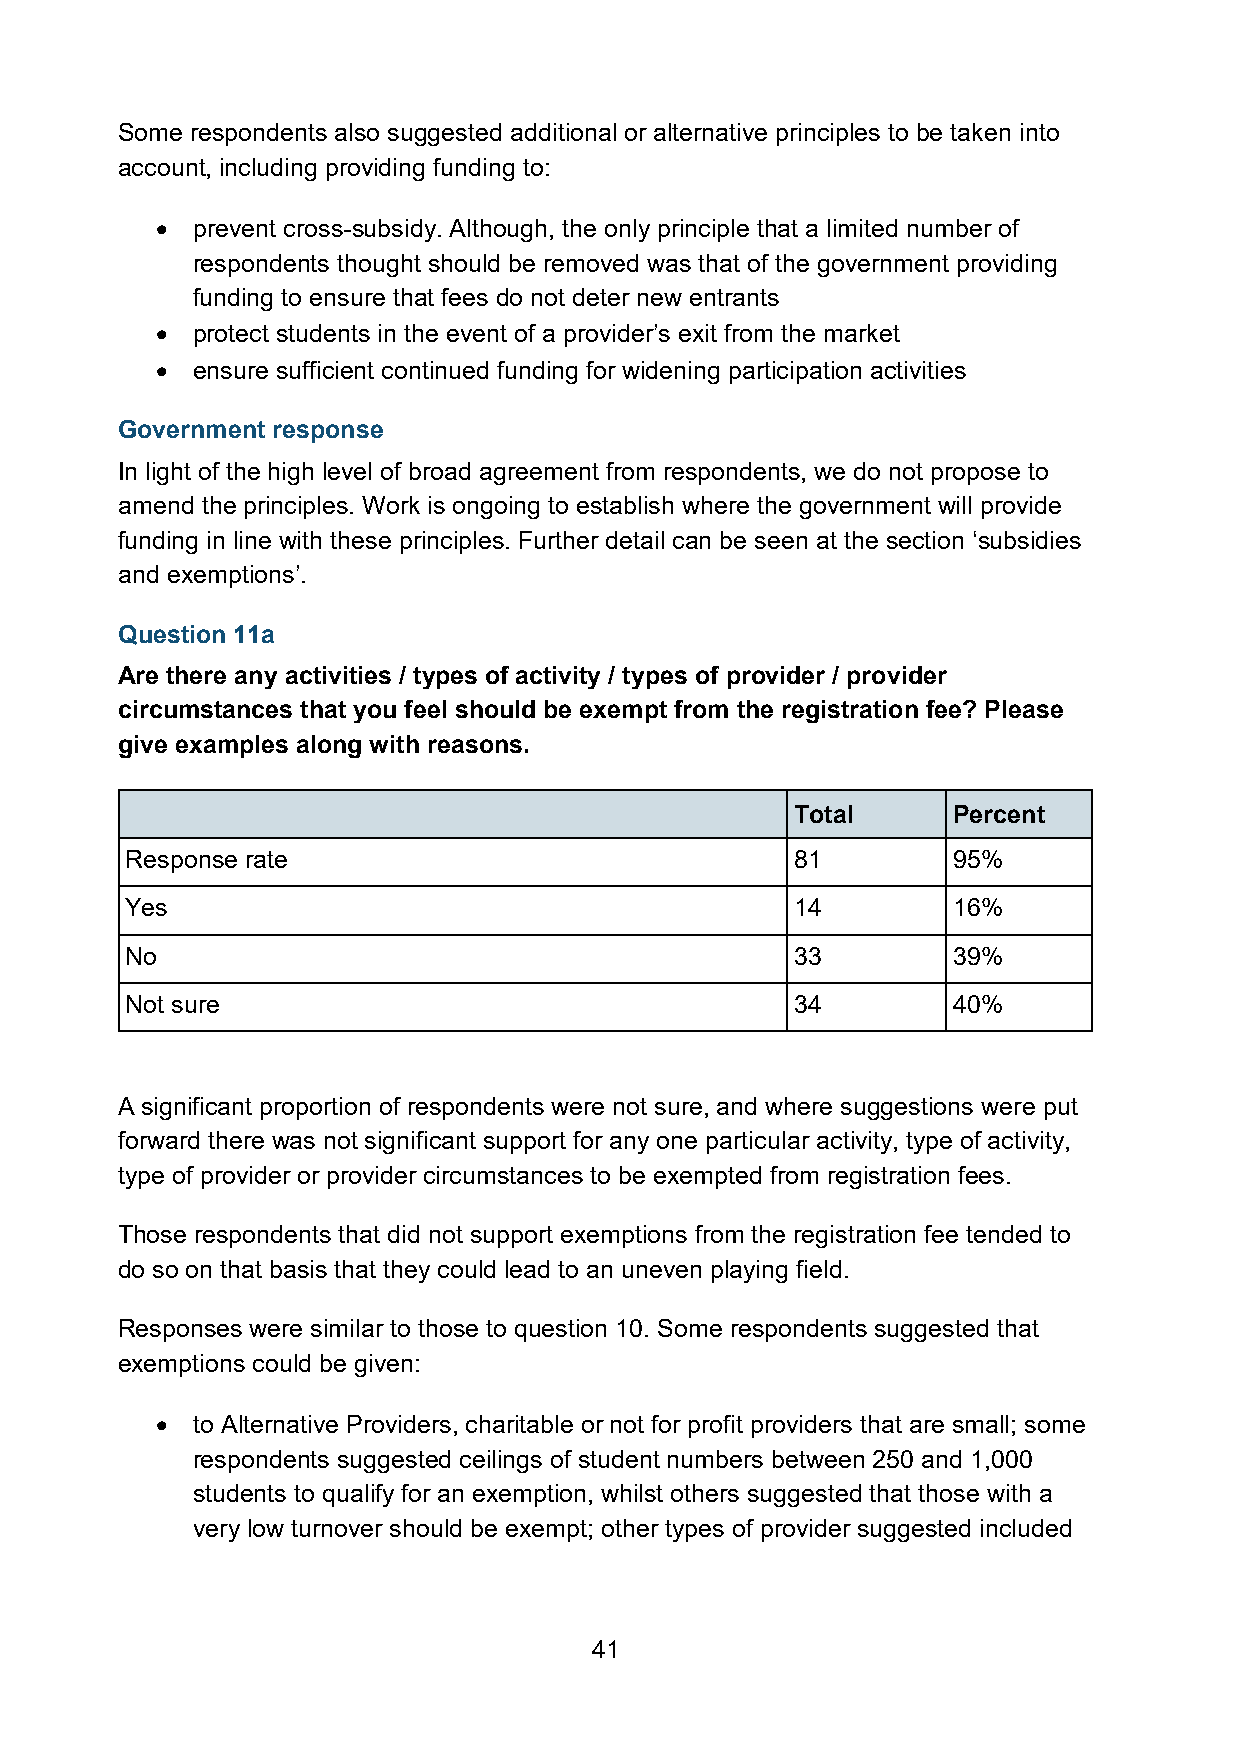
Some respondents also suggested additional or alternative principles to be taken into
 account, including providing funding to:
 •  prevent cross-subsidy. Although, the only principle that a limited number of
 respondents thought should be removed was that of the government providing
 funding to ensure that fees do not deter new entrants
 •  protect students in the event of a provider’s exit from the market
 •  ensure sufficient continued funding for widening participation activities
 Government response
 In light of the high level of broad agreement from respondents, we do not propose to
 amend the principles. Work is ongoing to establish where the government will provide
 funding in line with these principles. Further detail can be seen at the section ‘subsidies
 and exemptions’.
 Question 11a
 Are there any activities / types of activity / types of provider / provider
 circumstances that you feel should be exempt from the registration fee? Please
 give examples along with reasons.
 Total     Percent
 Response rate                                81        95%
 Yes                                          14        16%
 No                                           33        39%
 Not sure                                     34        40%
 A significant proportion of respondents were not sure, and where suggestions were put
 forward there was not significant support for any one particular activity, type of activity,
 type of provider or provider circumstances to be exempted from registration fees.
 Those respondents that did not support exemptions from the registration fee tended to
 do so on that basis that they could lead to an uneven playing field.
 Responses were similar to those to question 10. Some respondents suggested that
 exemptions could be given:
 •  to Alternative Providers, charitable or not for profit providers that are small; some
 respondents suggested ceilings of student numbers between 250 and 1,000
 students to qualify for an exemption, whilst others suggested that those with a
 very low turnover should be exempt; other types of provider suggested included
 41